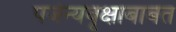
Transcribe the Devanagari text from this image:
पर्जन्यवृक्षाबाबत